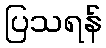
ပြသရန်